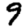
Digit: 9